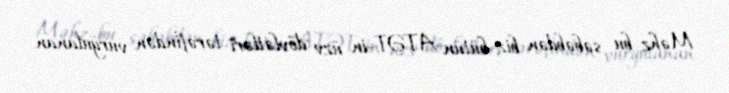
Məhz bu səbəbdən biz bütün ATƏT-in üzv dövlətləri tərəfindən vurğulanan